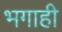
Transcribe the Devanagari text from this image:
भगाही